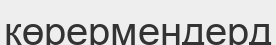
көрермендерд